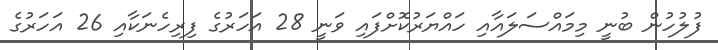
ފުލުހުން ބުނީ މިމައްސަލައާއި ހައްޔަރުކޮށްފައި ވަނީ 28 އަހަރުގެ ފިރިހެނަކާއި 26 އަހަރުގެ